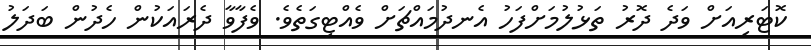
ކޮޓަރިއަށް ވަދެ ދޮރު ތަޅުލުމަށްފަހު އެނދުމައްޗަށް ވެއްޓިގަތެވެ. ވެފާވާ ދެރައަކުން ހެދުން ބަދަލު